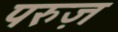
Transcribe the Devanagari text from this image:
परुज़